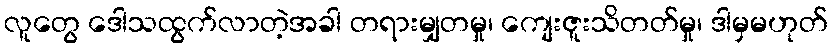
လူတွေ ဒေါသထွက်လာတဲ့အခါ တရားမျှတမှု၊ ကျေးဇူးသိတတ်မှု၊ ဒါမှမဟုတ်